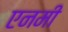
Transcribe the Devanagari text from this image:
एनमी